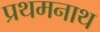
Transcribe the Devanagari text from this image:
प्रथमनाथ